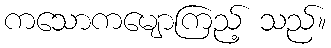
ကသောကမျောကြည့် သည်။